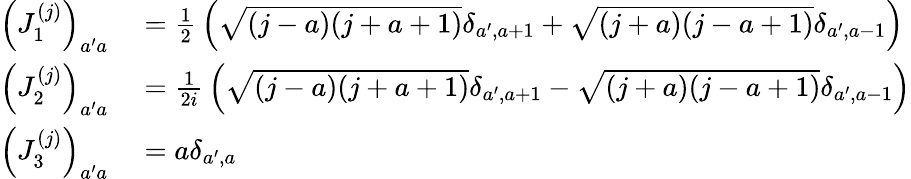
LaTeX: \begin{array}{rl}{\left(J_{1}^{(j)}\right)_{a^{\prime}a}}&{{}={\frac{1}{2}}\left({\sqrt{(j-a)(j+a+1)}}\delta_{a^{\prime},a+1}+{\sqrt{(j+a)(j-a+1)}}\delta_{a^{\prime},a-1}\right)}\\ {\left(J_{2}^{(j)}\right)_{a^{\prime}a}}&{{}={\frac{1}{2i}}\left({\sqrt{(j-a)(j+a+1)}}\delta_{a^{\prime},a+1}-{\sqrt{(j+a)(j-a+1)}}\delta_{a^{\prime},a-1}\right)}\\ {\left(J_{3}^{(j)}\right)_{a^{\prime}a}}&{{}=a\delta_{a^{\prime},a}}\end{array}